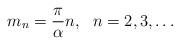
LaTeX: \begin{align*}m_{n}=\frac{\pi }{\alpha }n,\ \ n=2,3,\ldots\end{align*}